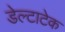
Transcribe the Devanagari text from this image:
डेल्टाटेक